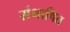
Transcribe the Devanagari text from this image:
संभाषित